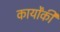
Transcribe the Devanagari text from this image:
कार्योंकी